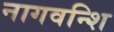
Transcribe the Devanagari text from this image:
नागवन्शि